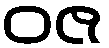
ဝဇ